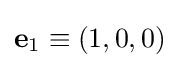
\mathbf {e} _{1}\equiv (1,0,0)